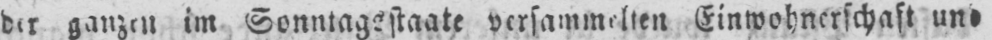
der ganzen im Sonntagsstaate versammelten Einwohnerschaft und